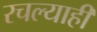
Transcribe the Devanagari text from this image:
रचल्याही